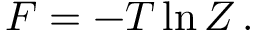
\begin{array} { r } { F = - T \ln Z \, . } \end{array}